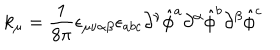
LaTeX: k _ { \mu } = { \frac { 1 } { 8 \pi } } \epsilon _ { \mu \nu \alpha \beta } \epsilon _ { a b c } \partial ^ { \nu } { \hat { \phi } } ^ { a } \partial ^ { \alpha } { \hat { \phi } } ^ { b } \partial ^ { \beta } { \hat { \phi } } ^ { c }